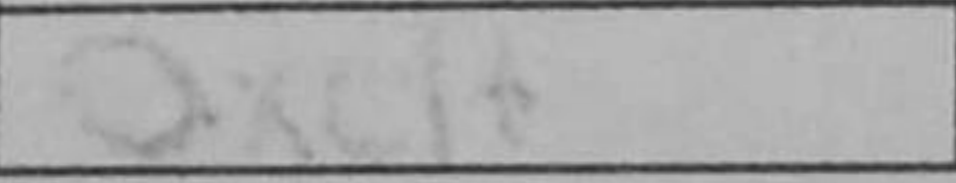
Transcription: Qxc1+